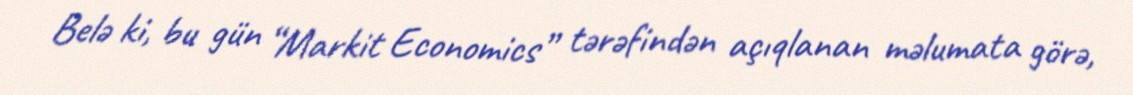
Belə ki, bu gün “Markit Economics” tərəfindən açıqlanan məlumata görə,